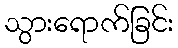
သွားရောက်ခြင်း